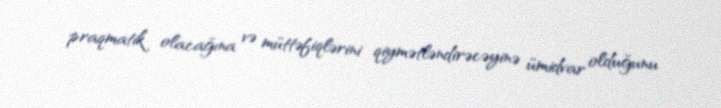
praqmatik olacağına və müttəfiqlərini qiymətləndirəcəyinə ümidvar olduğunu